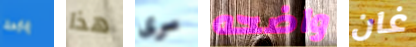
ياردة هذا سرى واضحه غان